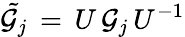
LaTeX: {\tilde{{\cal G}_{j}}}\, =\, U\, {\cal G}_{j}\, U^{-1}